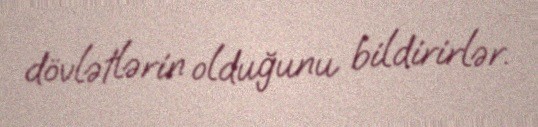
dövlətlərin olduğunu bildirirlər.